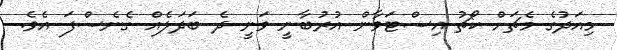
މިއަދުގެ މެޗަށް ކޯޗު އިސްޓަވާން އުރުބާނީ ވަނީ ދެ ބަދަލެއް ގެނެސްފަ އެވެ.